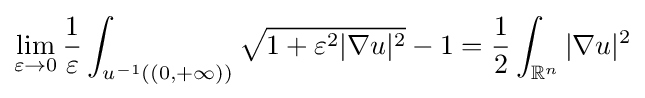
\lim _{\varepsilon \to 0}{\frac {1}{\varepsilon }}\int _{u^{-1}((0,+\infty ))}{\sqrt {1+\varepsilon ^{2}|\nabla u|^{2}}}-1={\frac {1}{2}}\int _{\mathbb {R} ^{n}}|\nabla u|^{2}